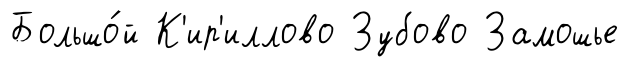
Большо́й К'ир'иллово Зубово Замошье